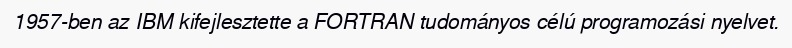
1957-ben az IBM kifejlesztette a FORTRAN tudományos célú programozási nyelvet.